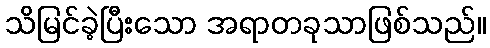
သိမြင်ခဲ့ပြီးသော အရာတခုသာဖြစ်သည်။